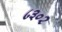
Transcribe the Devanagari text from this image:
८३०२